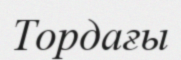
Тордағы